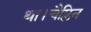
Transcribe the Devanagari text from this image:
था।चैप्लिन